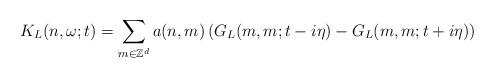
LaTeX: \begin{align*} K_L(n,\omega;t)=\sum_{m\in \mathbb{Z}^d}a(n,m)\left(G_L(m,m;t-i\eta)-G_L(m,m;t+i\eta)\right)\end{align*}